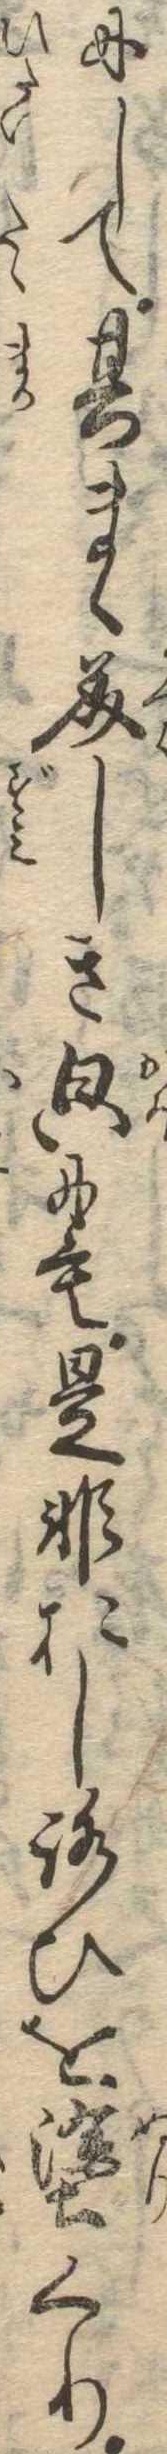
にして其まゝ美しきにも是非おしろひを塗くり